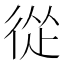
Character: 從